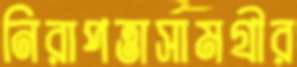
নিরাপত্তাসামগ্রীর